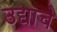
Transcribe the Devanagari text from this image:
उद्याचे